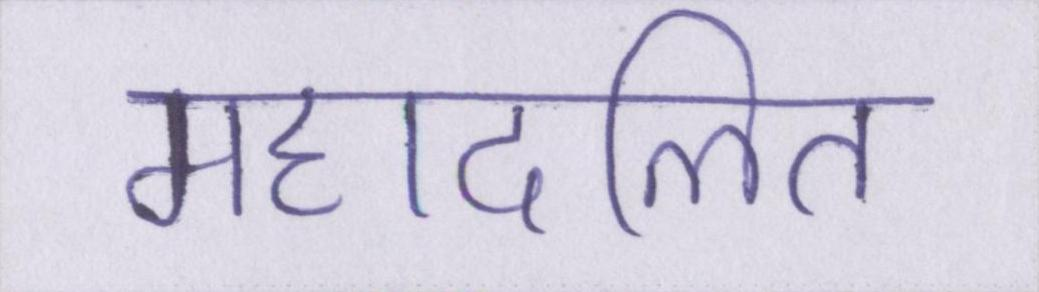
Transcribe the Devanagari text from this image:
महादलित